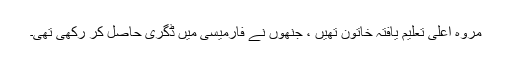
مروہ اعلیٰ تعلیم یافتہ خاتون تھیں ، جنھوں نے فارمیسی میں ڈگری حاصل کر رکھی تھی۔